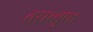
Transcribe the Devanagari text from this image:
तसब्बुफ